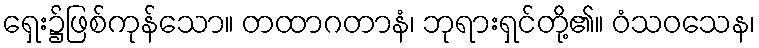
ရှေး၌ဖြစ်ကုန်သော။ တထာဂတာနံ၊ ဘုရားရှင်တို့၏။ ဝံသဝသေန၊